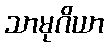
သာမုဂိယာ